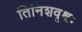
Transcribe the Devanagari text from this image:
तिनिशवृक्षः